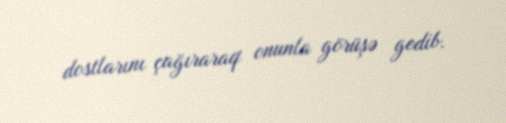
dostlarını çağıraraq onunla görüşə gedib.